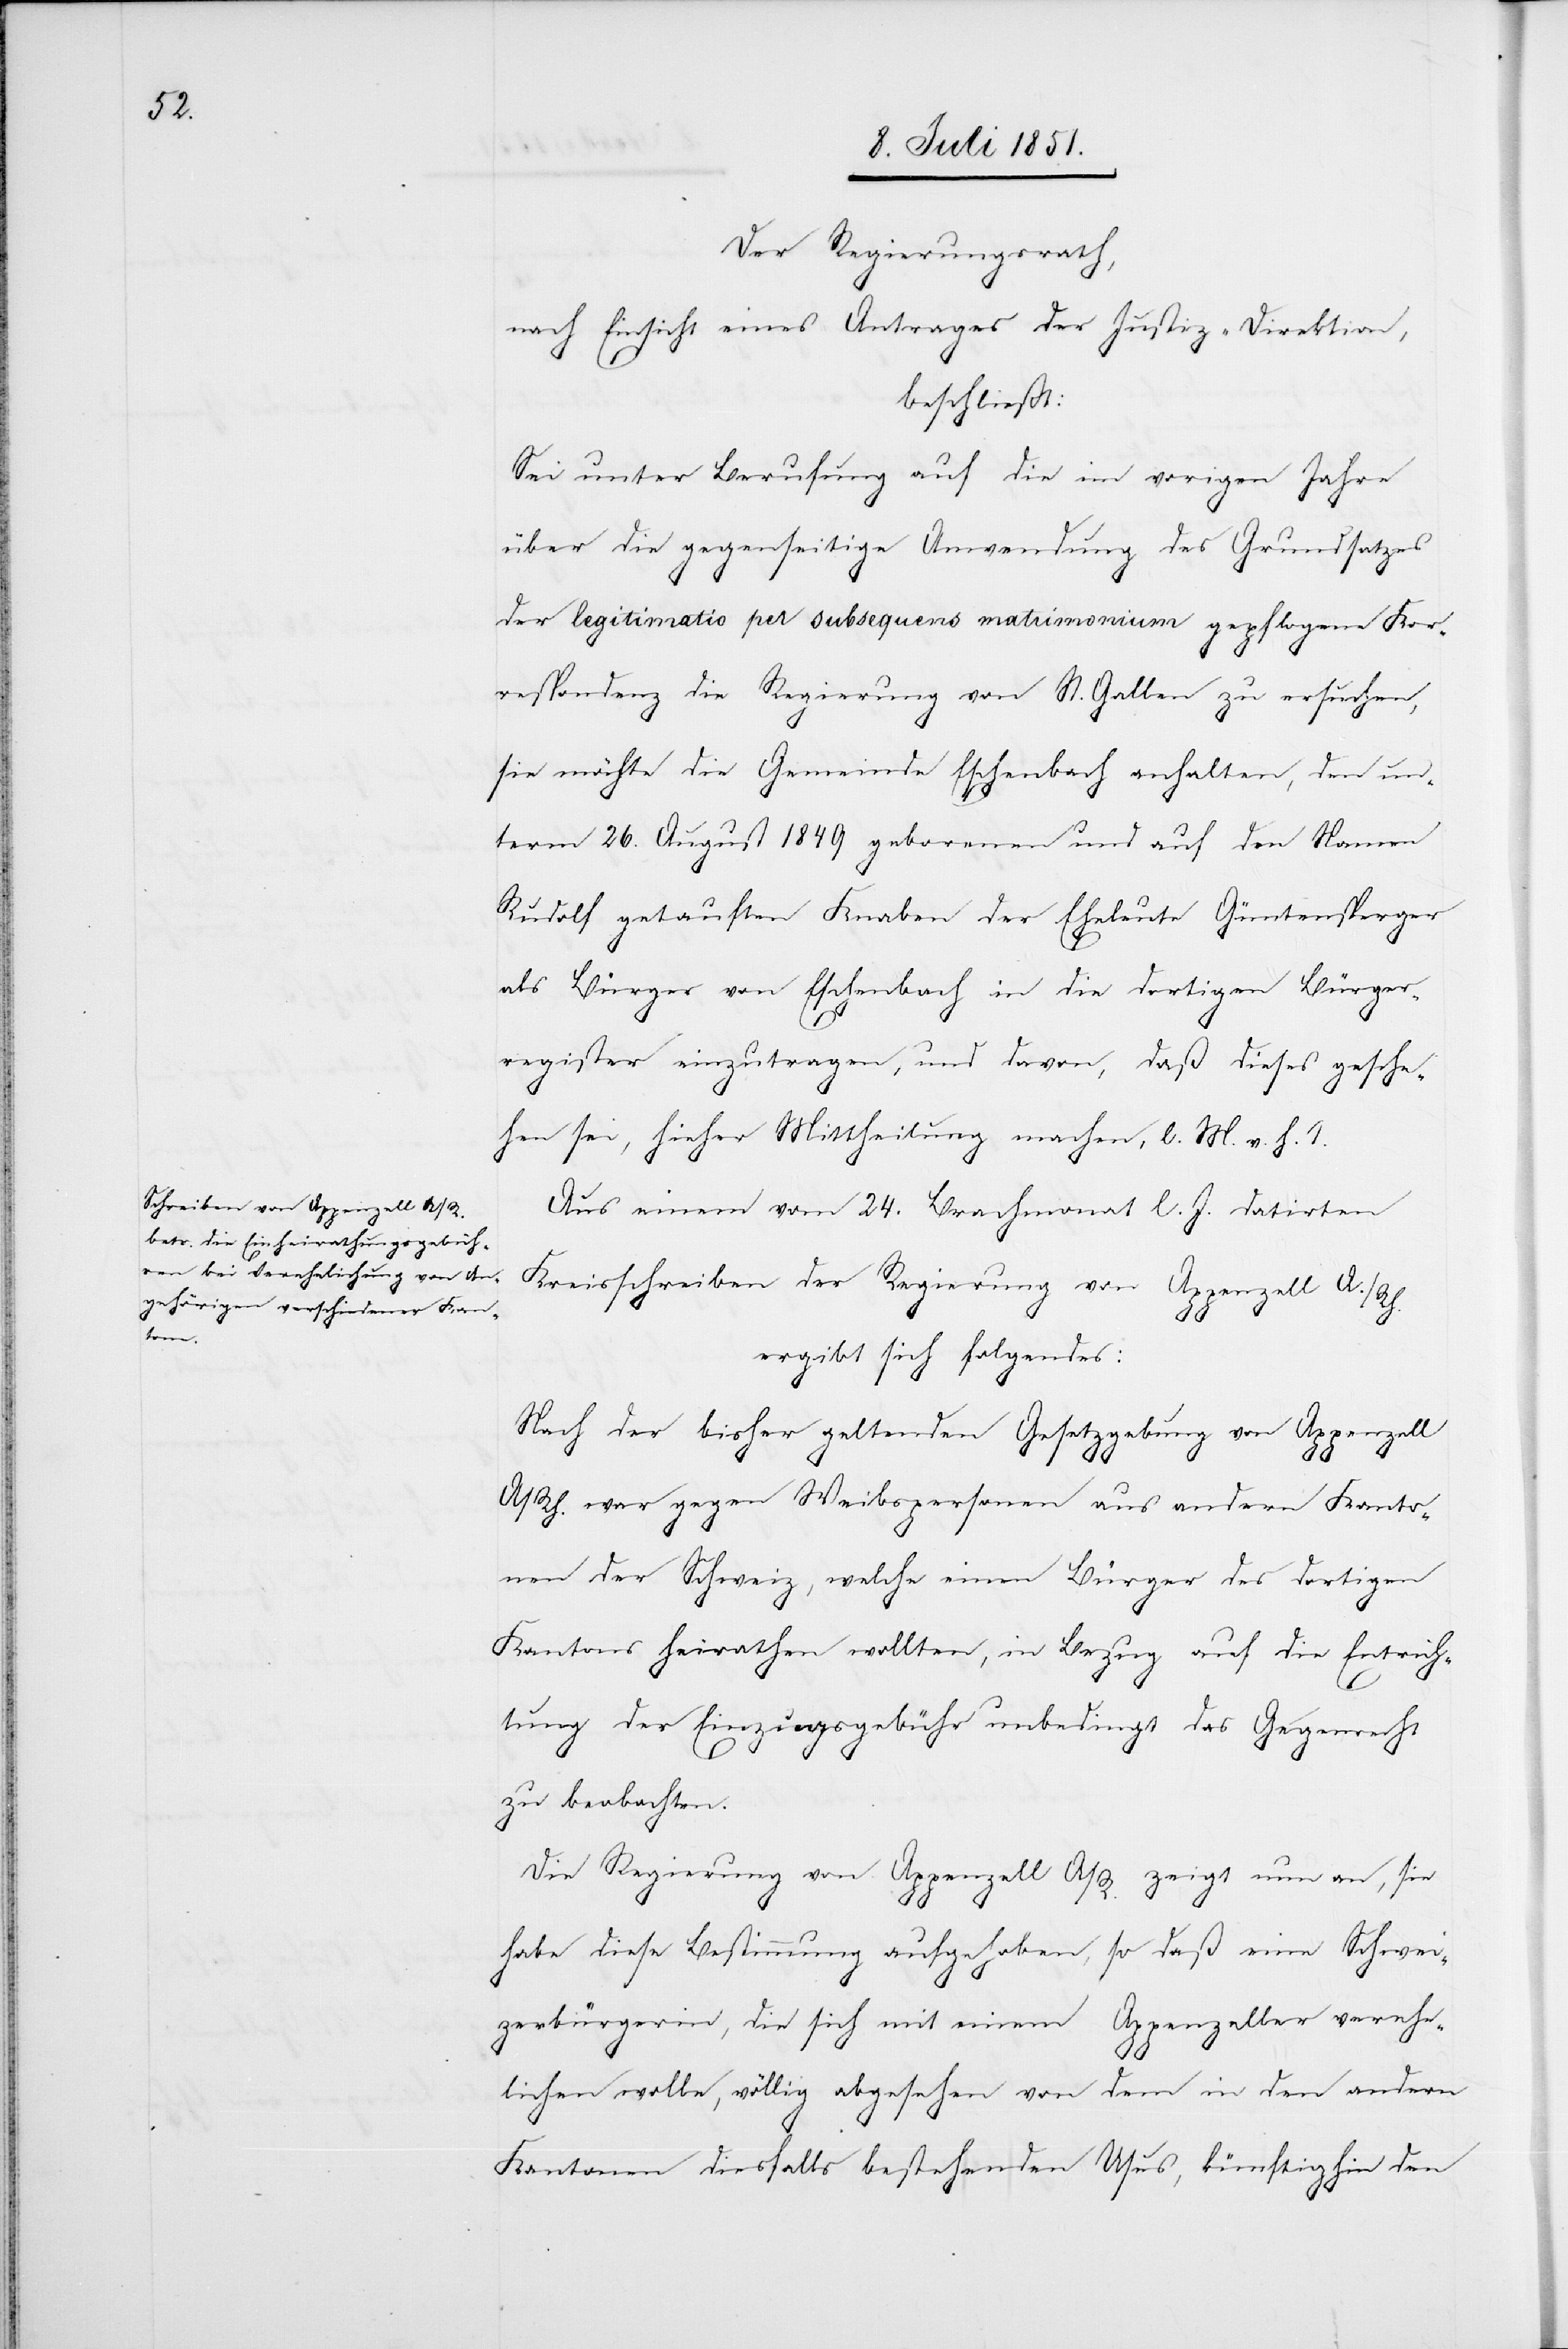
Der Regierungsrath,
nach Einsicht eines Antrages der Justiz-Direktion,
beschließt:
Sei unter Berufung auf die im vorigen Jahre
über die gegenseitige Anwendung des Grundsatzes
der legitimatio per subsequens matrimonium gepflogene Kor¬
respondenz die Regierung von St. Gallen zu ersuchen,
sie möchte die Gemeinde Eschenbach anhalten, den un¬
term 26. August 1849 geborenen und auf den Namen
Rudolf getauften Knaben der Eheleute Güntensperger
als Bürger von Eschenbach in die dortigen Bürger¬
register einzutragen, und davon, daß dieses gesche¬
hen sei, hieher Mittheilung machen, l. M. v. h. T.
Aus einem vom 24. Brachmonat l. J. datirten
Kreisschreiben der Regierung von Appenzell A./Rh.
ergibt sich folgendes:
Nach der bisher geltenden Gesetzgebung von Appenzell
A/Rh. war gegen Weibspersonen aus andern Kanto¬
nen der Schweiz, welche einen Bürger des dortigen
Kantons heirathen wollten, in Bezug auf die Entrich¬
tung der Einzugsgebühr unbedingt das Gegenrecht
zu beobachten.
Die Regierung von Appenzell A/R. zeigt nun an, sie
habe diese Bestimmung aufgehoben, so daß eine Schwei¬
zerbürgerin, die sich mit einem Appenzeller verehe¬
lichen wolle, völlig abgesehen von dem in den andern
Kantonen diesfalls bestehenden Usus, künftighin den